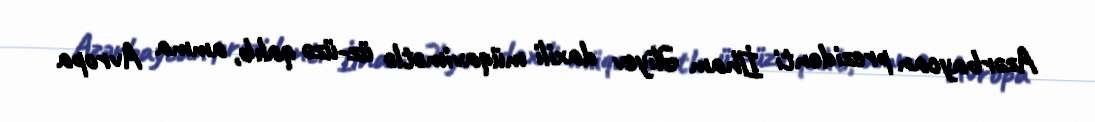
Azərbaycan prezidenti İlham Əliyev daxili müqavimətlə üz-üzə qalıb, amma Avropa